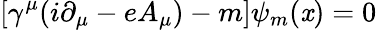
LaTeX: \left[\gamma^{\mu}(i\partial_{\mu}-eA_{\mu})-m\right]\psi_{m}(\mathit{x})=0